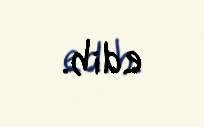
edib.